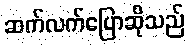
ဆက်လက်ပြောဆိုသည်